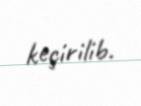
keçirilib.